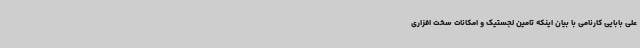
علی بابایی کارنامی با بیان اینکه تامین لجستیک و امکانات سخت افزاری